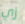
زي